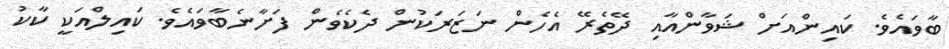
ބާވައެވެ. ކައިންއަށް ޝަވާންއާއި ދޭތެރޭ އެހެން ނަޒަރަކުން ދެކެވެން ފަށާނެބާވައެވެ. ކައިލްއަކީ ކާކު